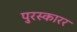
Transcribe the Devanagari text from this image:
पुरस्कारर